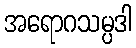
အရောဂသမ္ပဒါ